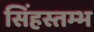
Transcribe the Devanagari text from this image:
सिंहस्तम्भ